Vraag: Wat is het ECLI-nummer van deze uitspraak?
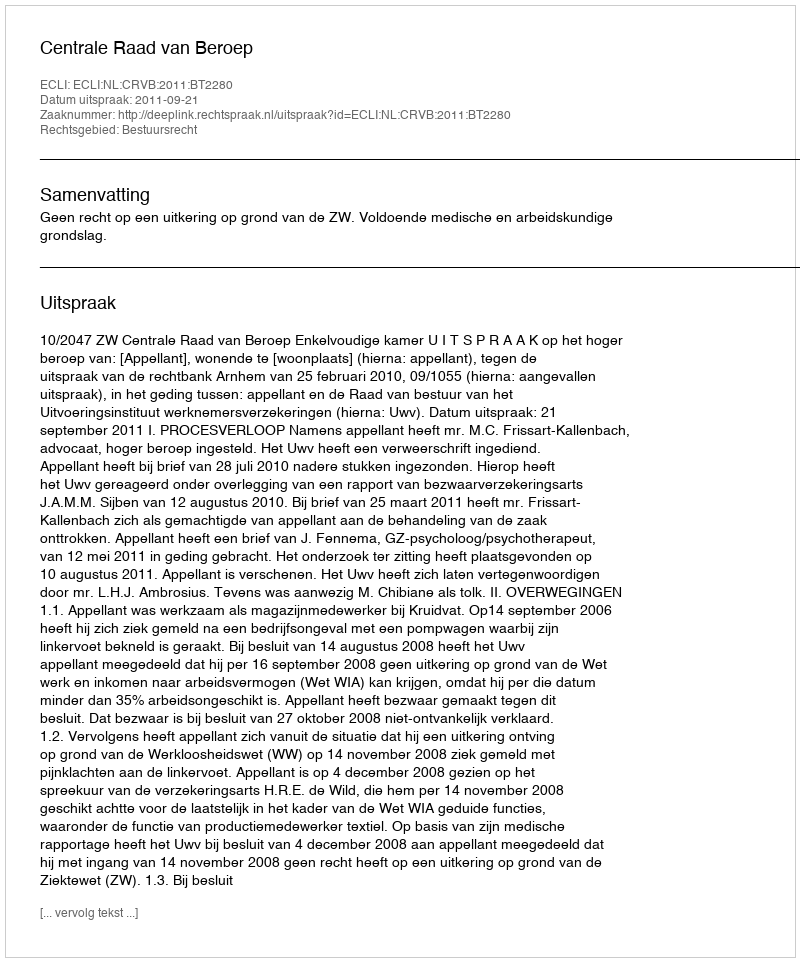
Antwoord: ECLI:NL:CRVB:2011:BT2280